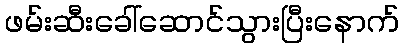
ဖမ်းဆီးခေါ်ဆောင်သွားပြီးနောက်